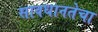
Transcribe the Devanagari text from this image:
सावधानतेचा